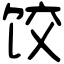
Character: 饺